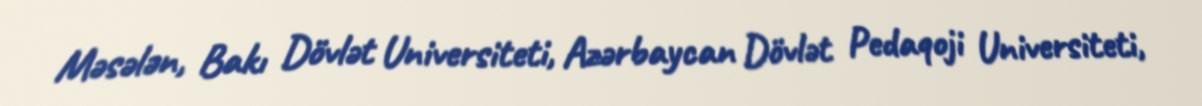
Məsələn, Bakı Dövlət Universiteti, Azərbaycan Dövlət Pedaqoji Universiteti,